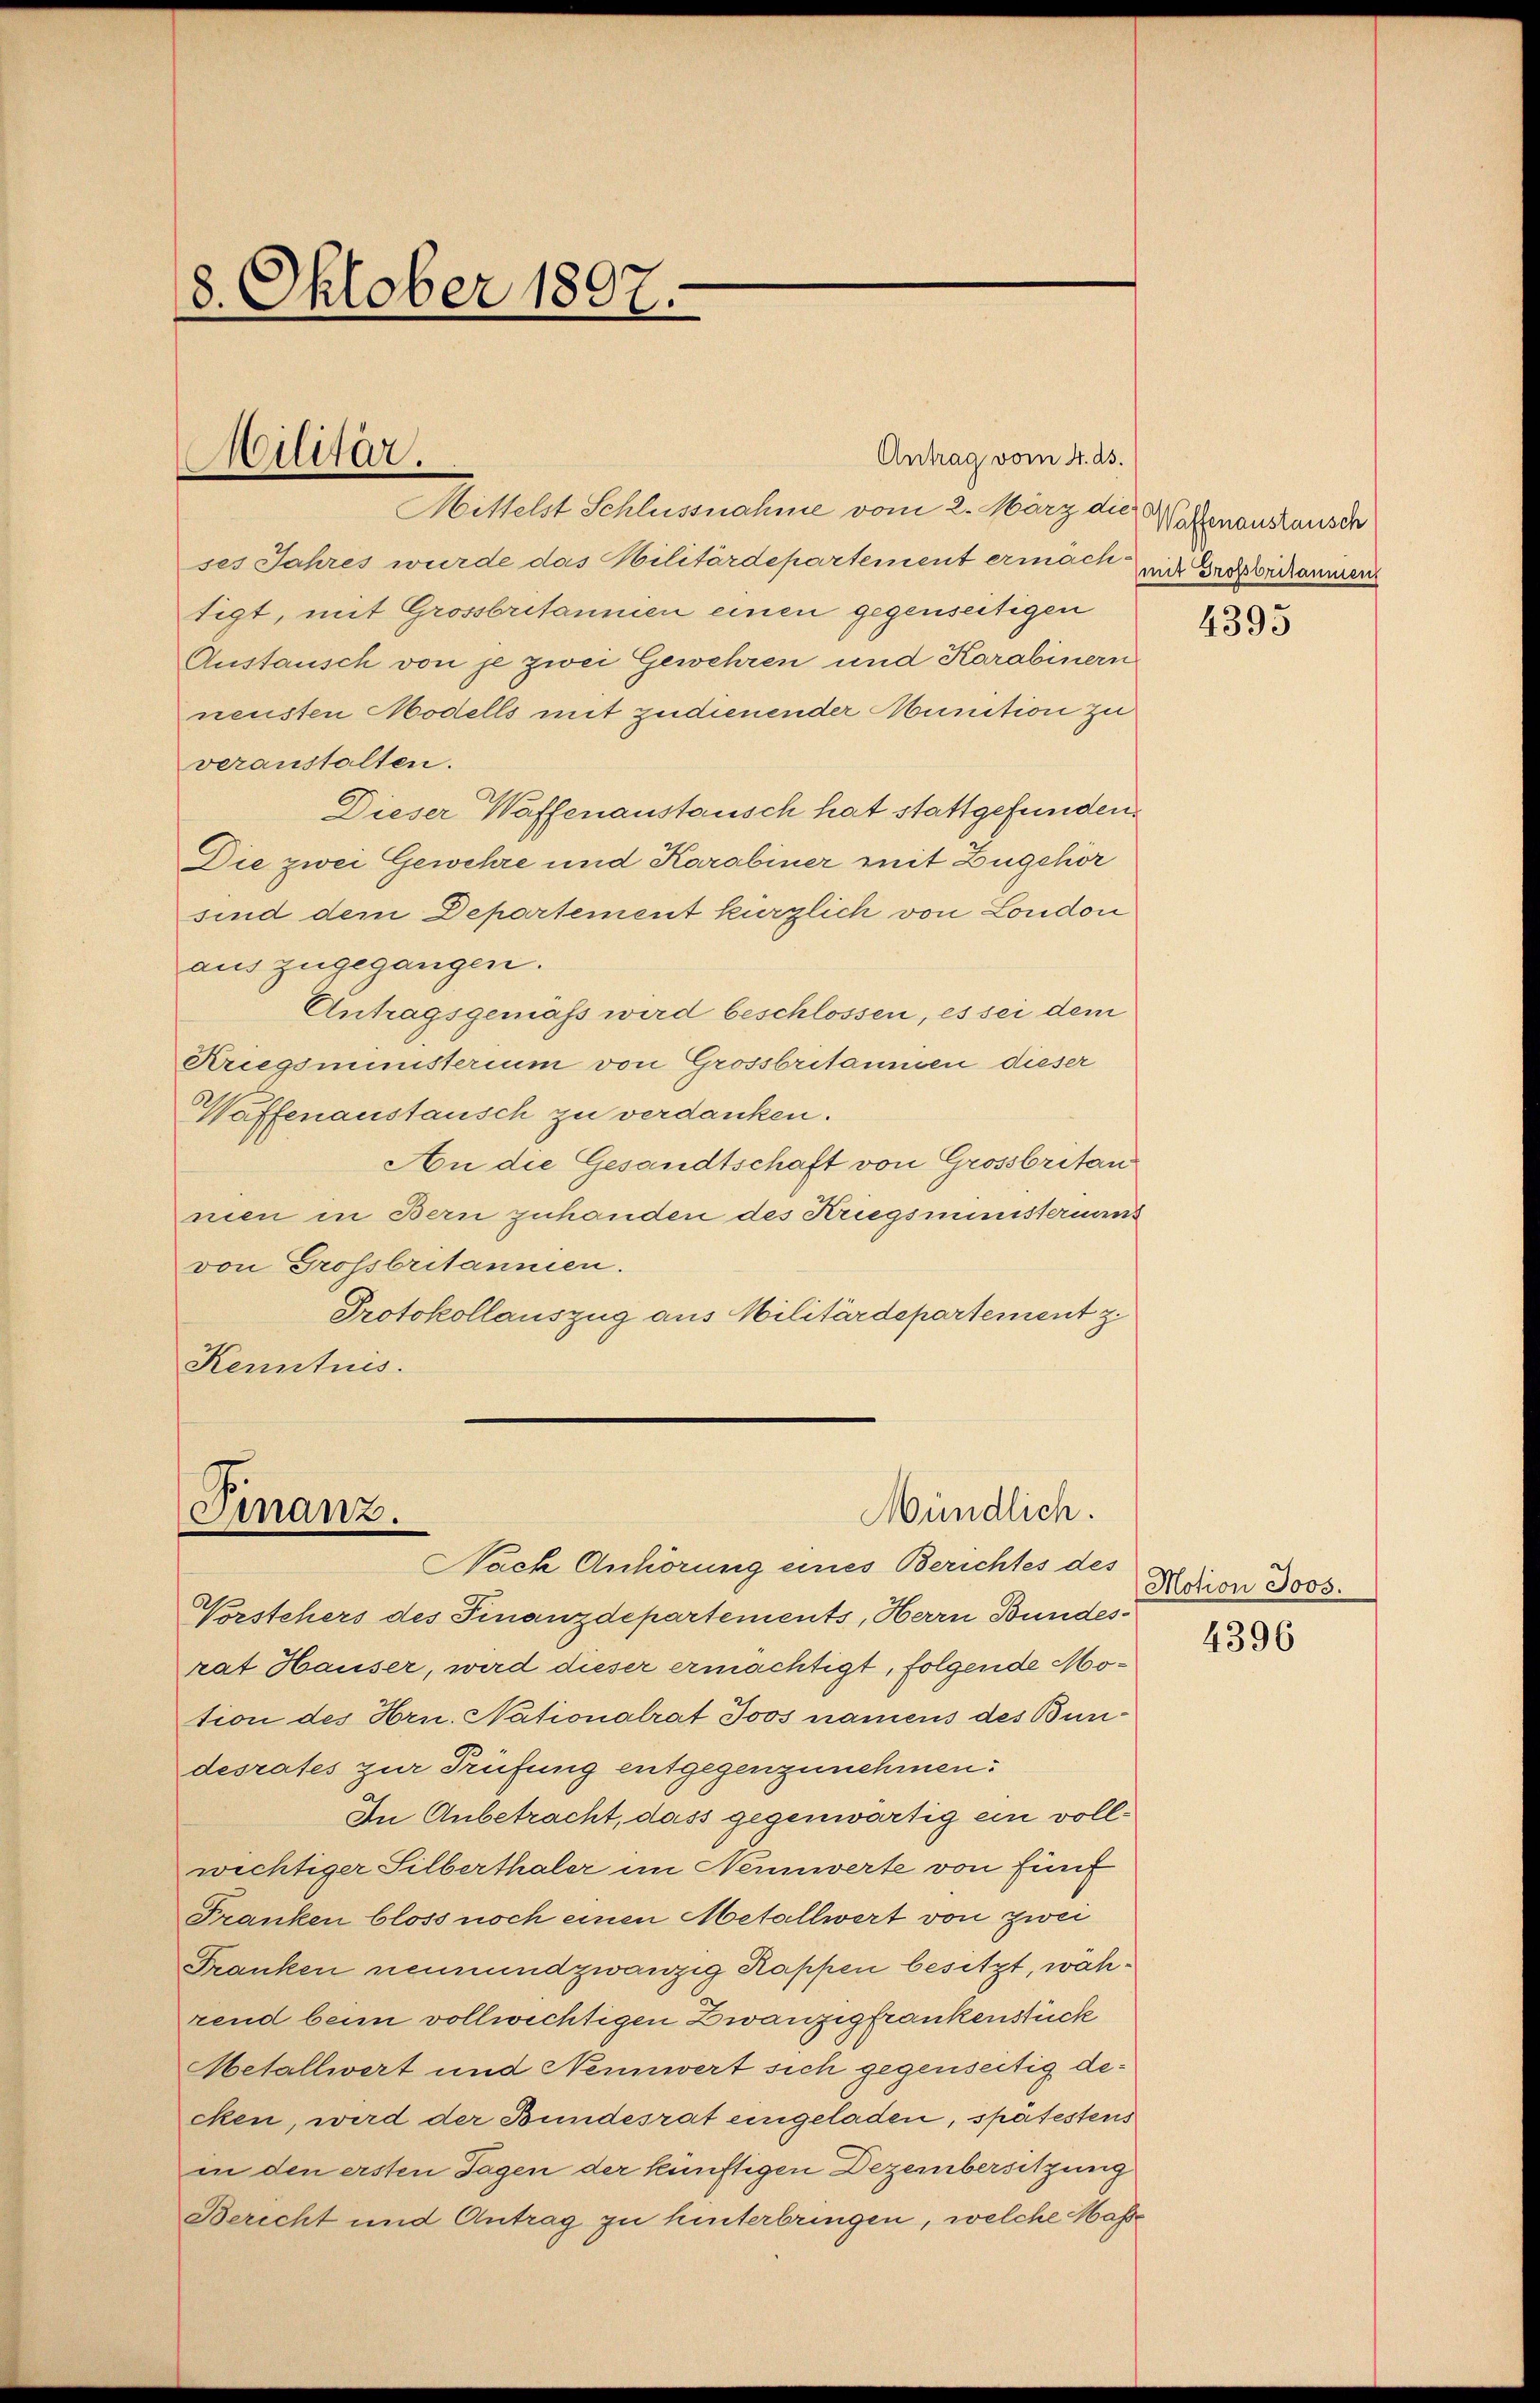
Mittelst Schlussnahme vom 2. März die Walenanstausch
ses Jahres wurde das Militärdepartement ermachtigt, mit Grossbritanien einen gegenseitigen
Anstausch von je zwei Gewehren und Karabinern
neusten Modells mit zudienender Munition zu
veranstalten.
Dieser Waffenanstausch hat stattgefunden.
Die zwei Gewehre und Karabiner mit Zugehör
sind dem Departement kürzlich von London
aus zugegangen.
Antragsgemäß wird beschlossen, es sei dem
Kriegsministerium von Grossbritannen dieser
Waffenanstausch zu verdanken.
An die Gesandtschaft von Grossbritan
mien in Bern zuhanden des Kriegsministeriums
von Grossbritannien.
Protokollauszug aus Militärdepartement z
Kenntnis.

8. Oktober 1897.

Militär.

Antrag vom 4. ds.

Mündlich.
Finanz.
Nach Anhörung eines Berichtes des

Vorstehers des Finanzdepartements, Herrn Bundes-
rat Hauser, wird dieser ermächtigt, folgende Motion des Hrn. Nationalrat Joos namens des Bundesrates zur Prüfung entgegenzunehmen:
In Anbetracht, dass gegenwärtig ein vollwichtiger Silberthaler im Nennwerte von fünf
Franken bloss noch einen Metallwert von zwei
Franken neunundzwanzig Kappen besitzt, wahrend beim vollwichtigen Zwanzigfrankenstück
Metallwert und Nennwert sich gegenseitig decken, wird der Bundesrat eingeladen, spätestens
in den ersten Tagen der künftigen Dezembersitzung
Bericht und Antrag zu hinterbringen, welche Maß¬

mit Grossbritannen

4393

Motion Jos.
4396